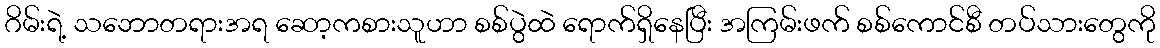
ဂိမ်းရဲ့ သဘောတရားအရ ဆော့ကစားသူဟာ စစ်ပွဲထဲ ရောက်ရှိနေပြီး အကြမ်းဖက် စစ်ကောင်စီ တပ်သားတွေကို